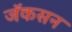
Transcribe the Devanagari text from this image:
जॅकसन